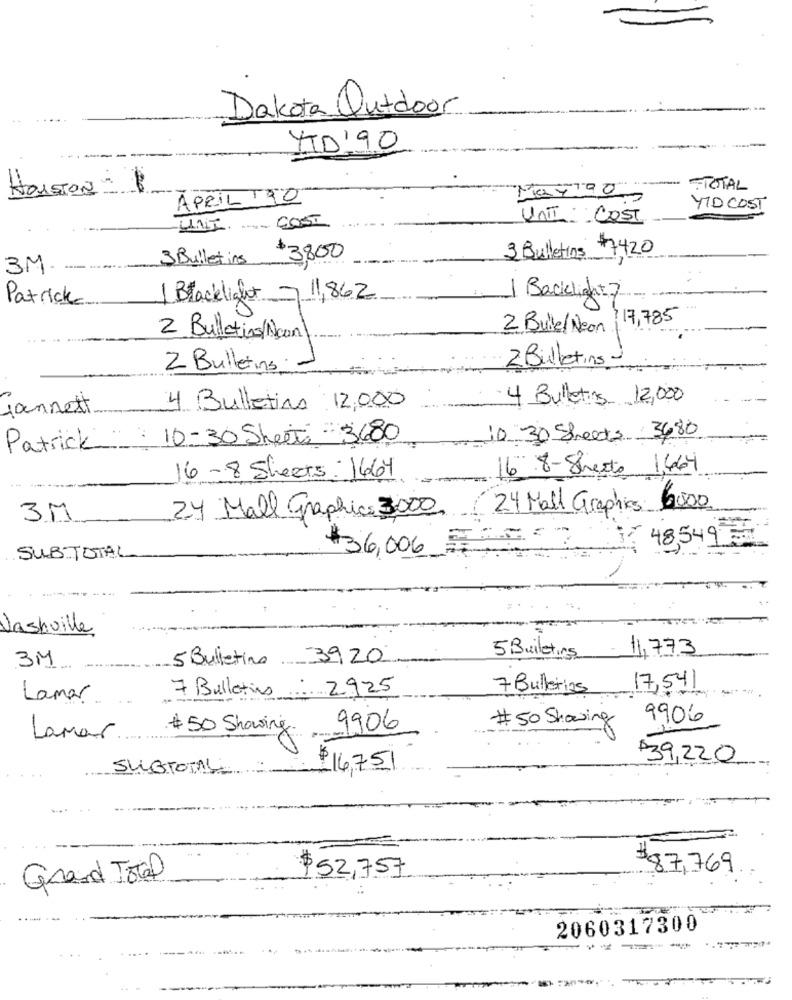
Dakota Outdoor
ITD'90
-
HOUSTON 1
Mayigo
-TOTAL
APRIL TIO
YTD COST
UNI COST
UNI - COST
3 Bulletins 7420
3 Bulletins $3,800
3M.
Patrick
1 Blacklight
11,862
Backlight 7
17,785
2 Bulle/Neon
2 Bulletins (Ncon)
2 Bulletins
2 Bulletins
4 Bulletins 12,000
jannett
4 Bulletins 12,000
10-30 Sheets : 3680
10 30 Sheets 3680
Patrick
16 8-Shirts 1,664
-- ---
16-8 Sheets: 1664
24 Mall graphic 3000
24 Mall Graphics 6000
3M
48,549
SUBTOTAL
$36,006.
.
Nashville
11,773
3M
5 Bulletino 3920
5 Bulletins
7 Bullerias
17,541
Lamar
7 Bulletins: 2925
# 50 Showing
9906
# 50 Showing.
9906
Lamar
39,220
SUBTOTAL
16,751
$87,769
Grand Total
$52,757
2060317300
...